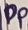
Text: PP1